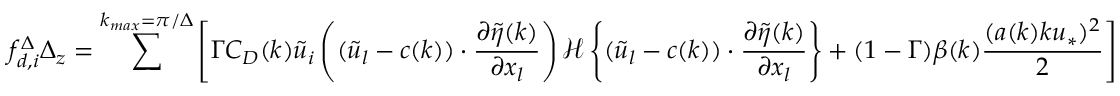
{ f _ { d , i } ^ { \Delta } } \Delta _ { z } = \sum ^ { k _ { m a x } = \pi / \Delta } \left[ \Gamma C _ { D } ( k ) \widetilde { u } _ { i } \left( ( \widetilde { u } _ { l } - c ( k ) ) \cdot \frac { \partial \widetilde { \eta } ( k ) } { \partial x _ { l } } \right) { \mathcal { H } \left\{ ( \widetilde { u } _ { l } - c ( k ) ) \cdot \frac { \partial \widetilde { \eta } ( k ) } { \partial x _ { l } } \right\} } + ( 1 - \Gamma ) \beta ( k ) \frac { ( a ( k ) k u _ { * } ) ^ { 2 } } { 2 } \right]